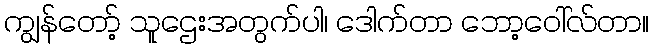
ကျွန်တော့် သူဌေးအတွက်ပါ၊ ဒေါက်တာ ဘော့ဝေါ်လ်တာ။